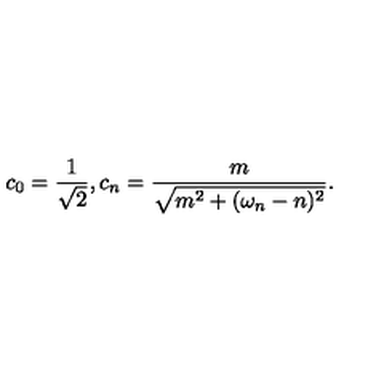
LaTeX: c _ { 0 } = { \frac { 1 } { \sqrt { 2 } } } , c _ { n } = { \frac { m } { \sqrt { m ^ { 2 } + ( \omega _ { n } - n ) ^ { 2 } } } } .